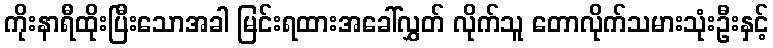
ကိုးနာရီထိုးပြီးသောအခါ မြင်းရထားအခေါ်လွှတ် လိုက်သူ တောလိုက်သမားသုံးဦးနှင့်